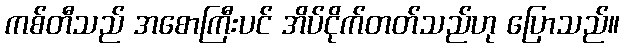
ကစ်တီသည် အစောကြီးပင် အိပ်ငိုက်တတ်သည်ဟု ပြောသည်။